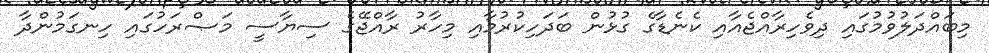
މިބައްދަލުވުމުގައި ދިވެހިރާއްޖެއާއި ކެނެޑާގެ ގުޅުން ބަދަހިކުރުމާއި މިހާރު ރާއްޖޭގެ ސިޔާސީ މަޞްރަހުގައި ހިނގަމުންދާ